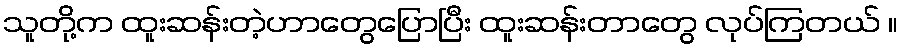
သူတို့က ထူးဆန်းတဲ့ဟာတွေပြောပြီး ထူးဆန်းတာတွေ လုပ်ကြတယ် ။